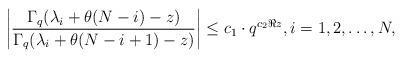
LaTeX: \begin{gather*}\left|\frac{\Gamma_q(\lambda_i + \theta(N - i) - z)}{\Gamma_q(\lambda_i + \theta(N - i + 1) - z)}\right| \leq c_1\cdot q^{c_2 \Re z}, i = 1, 2, \dots, N,\end{gather*}